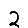
Digit: 2